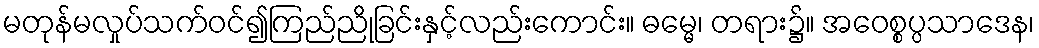
မတုန်မလှုပ်သက်ဝင်၍ကြည်ညိုခြင်းနှင့်လည်းကောင်း။ ဓမ္မေ၊ တရား၌။ အဝေစ္စပ္ပသာဒေန၊